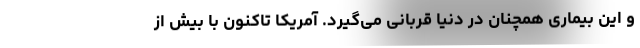
و این بیماری همچنان در دنیا قربانی می‌گیرد. آمریکا تاکنون با بیش از